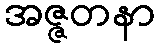
အဇ္ဇတနာ